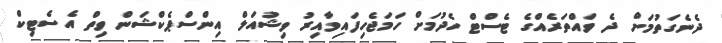
ދެނެގަތުމަށް ދެ ވައްތަރެއްގެ ޓެސްޓް ހެދުމަށް ހަމަޖެހިފައިވާއިރު ވިޝުއަލް އިންސްޕެކްޝަން ވިތް އެސެޓިކް